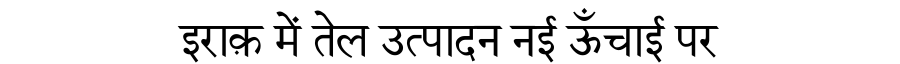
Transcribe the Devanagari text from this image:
इराक़ में तेल उत्पादन नई ऊँचाई पर